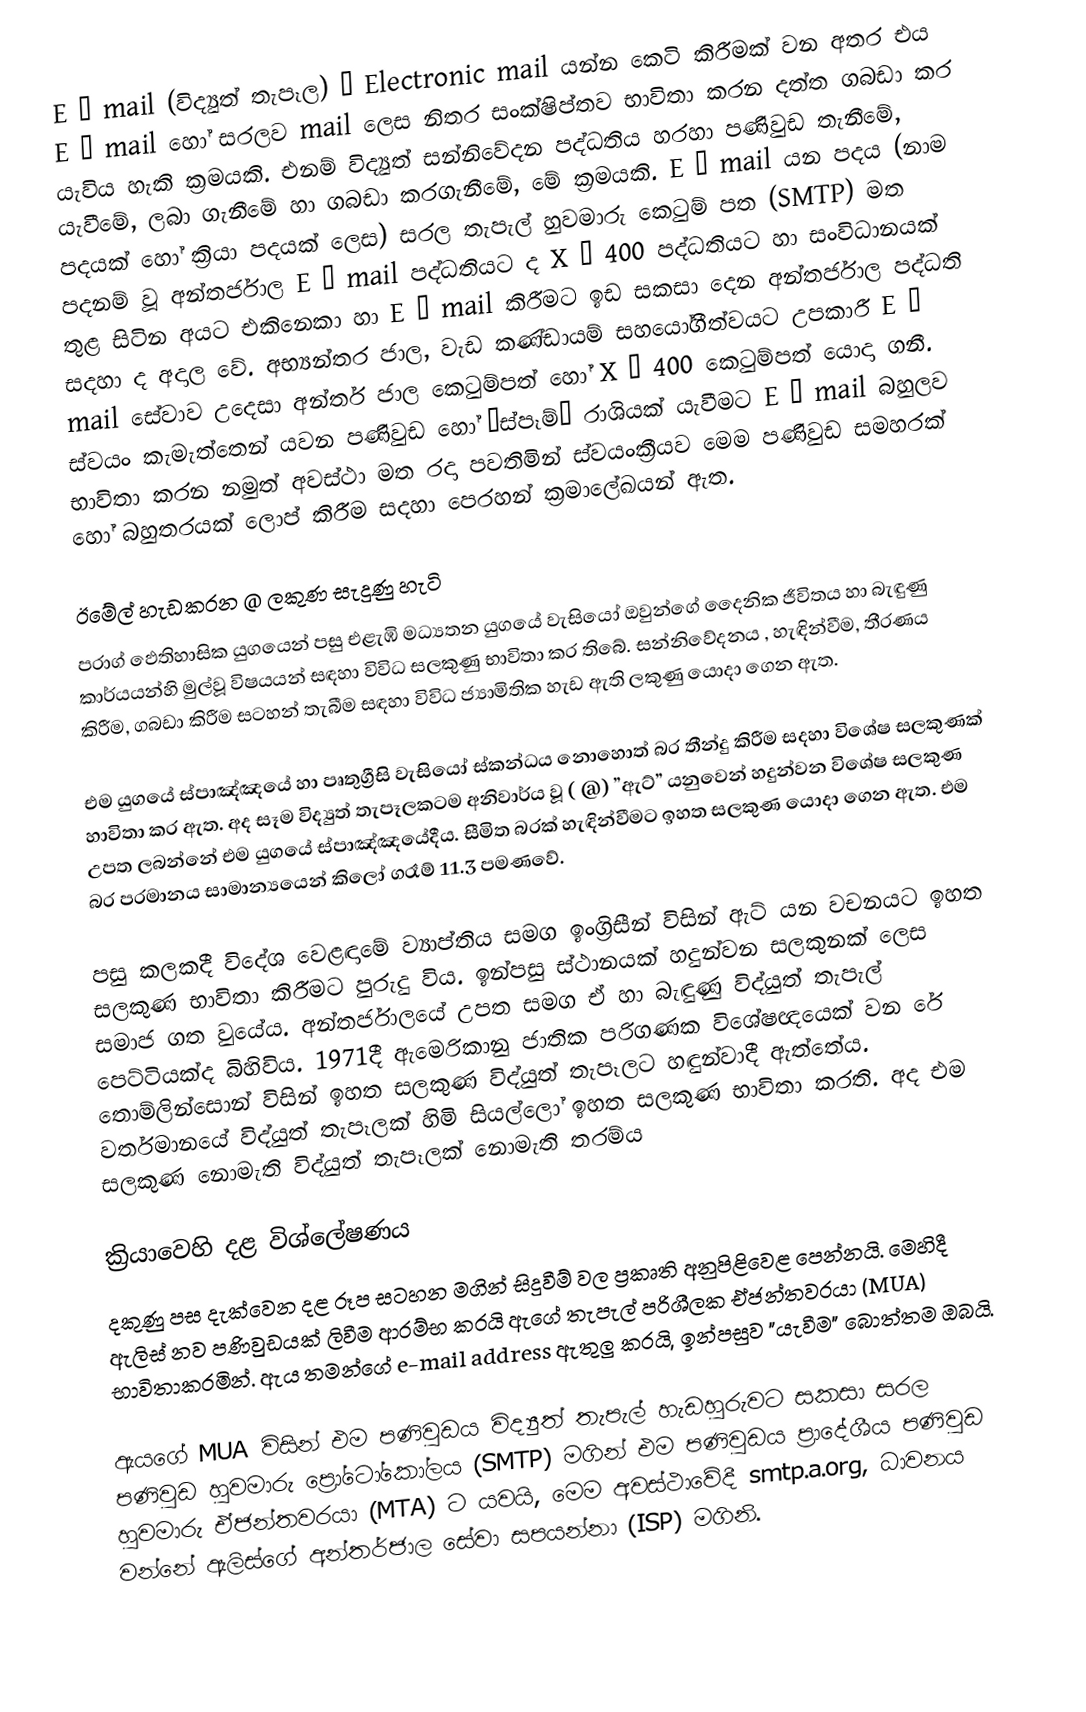
E – mail (විද්‍යුත් තැපෑල) – Electronic mail යන්න කෙටි කිරීමක් වන අතර එය E – mail හෝ සරලව mail ලෙස නිතර සංක්ෂිප්තව භාවිතා කරන දත්ත ගබඩා කර යැවිය හැකි ක්‍රමයකි. එනම් විද්‍යුත් සන්නිවේදන පද්ධතිය හරහා පණිවුඩ තැනීමේ, යැවීමේ, ලබා ගැනීමේ හා ගබඩා කරගැනීමේ, මේ ක්‍රමයකි. E – mail යන පදය (නාම පදයක් හෝ ක්‍රියා පදයක් ලෙස) සරල තැපැල් හුවමාරු කෙටුම් පත (SMTP) මත පදනම් වූ අන්තර්ජාල E – mail පද්ධතියට ද X – 400 පද්ධතියට හා සංවිධානයක් තුළ සිටින අයට එකිනෙකා හා E – mail කිරීමට ඉඩ සකසා දෙන අන්තර්ජාල පද්ධති සදහා ද අදාල වේ. අභ්‍යන්තර ජාල, වැඩ කණ්ඩායම් සහයෝගීත්වයට උපකාරී E – mail සේවාව උදෙසා අන්තර් ජාල කෙටුම්පත් හෝ X – 400 කෙටුම්පත් යොදා ගනී. ස්වයං කැමැත්තෙන් යවන පණිවුඩ හෝ “ස්පෑම්” රාශියක් යැවීමට E – mail බහුලව භාවිතා කරන නමුත් අවස්ථා මත රදා පවතිමින් ස්වයංක්‍රීයව මෙම පණිවුඩ සමහරක් හෝ බහුතරයක් ලොප් කිරීම සදහා පෙරහන් ක්‍රමාලේඛයන් ඇත.

ඊමේල් හැඩකරන @ ලකුණ සැදුණු හැටි
ප‍්‍රාග් ඵෙතිහාසික යුගයෙන් පසු එළැඹි මධ්‍යතන යුගයේ වැසියෝ ඔවුන්ගේ දෛනික ජීවිතය හා බැඳුණු කාර්යයන්හි මුල්වූ විෂයයන් සඳහා විවිධ සලකුණු භාවිතා කර තිබේ. සන්නිවේදනය , හැඳින්වීම, තීරණය කිරීම, ගබඩා කිරීම සටහන් තැබීම සඳහා විවිධ ජ්‍යාමිතික හැඩ ඇති ලකුණු යොදා ගෙන ඇත.

එම යුගයේ ස්පාඤ්ඤයේ හා පෘතුග්‍රීසි වැසියෝ ස්කන්ධය නොහොත් බර තීන්දු කිරීම සදහා විශේෂ සලකුණක් හාවිතා කර ඇත. අද සෑම විද්‍යුත් තැපෑලකටම අනිවාර්ය වූ ( @) ”ඇට්” යනුවෙන් හදුන්වන විශේෂ සලකුණ උපත ලබන්නේ එම යුගයේ ස්පාඤ්ඤයේදීය. සීමිත බරක් හැඳින්වීමට ඉහත සලකුණ යොදා ගෙන ඇත. එම බර ප‍්‍රමානය සාමාන්‍යයෙන් කිලෝ ග‍්‍රෑම් 11.3 පමණවේ.

පසු කලකදී විදේශ වෙළඳාමේ ව්‍යාප්තිය සමග ඉංග‍්‍රිසීන් විසින් ඇට් යන වචනයට ඉහත සලකුණ භාවිතා කිරීමට පුරුදු විය. ඉන්පසු ස්ථානයක් හදුන්වන සලකුනක් ලෙස සමාජ ගත වුයේය.  අන්තර්ජාලයේ උපත සමග ඒ හා බැඳුණු විද්යුත් තැපැල් පෙට්ටියක්ද බිහිවිය. 1971දී ඇමෙරිකානු ජාතික පරිගණක විශේෂඥයෙක් වන රේ තොම්ලින්සොන් විසින් ඉහත සලකුණ විද්යුත් තැපෑලට හඳුන්වාදී ඇත්තේය. වර්තමානයේ විද්යුත් තැපෑලක් හිමි සියල්ලෝ ඉහත සලකුණ භාවිතා කරති. අද එම සලකුණ නොමැති විද්යුත් තැපෑලක් නොමැති තරම්ය

ක්‍රියාවෙහි දළ විශ්ලේෂණය
දකුණු පස දැක්වෙන දළ රූප සටහන මගින් සිදුවීම් වල ප්‍රකෘති අනුපිළිවෙළ පෙන්නයි. මෙහිදී ඇලිස් නව පණිවුඩයක් ලිවීම ආරම්භ කරයි ඇගේ තැපැල් පරිශීලක ඒජන්තවරයා (MUA) භාවිතාකරමින්. ඇය තමන්ගේ  e-mail address ඇතුලු කරයි, ඉන්පසුව "යැවීම" බොත්තම ඔබයි.

 ඇයගේ MUA විසින් එම පණිවුඩය විද්‍යුත් තැපැල් හැඩහුරුවට   සකසා සරල පණිවුඩ හුවමාරු ප්‍රෝටෝකෝලය (SMTP)  මගින් එම පණිවුඩය ප්‍රාදේශීය පණිවුඩ හුවමාරු ඒජන්තවරයා   (MTA) ට යවයි, මෙම අවස්ථාවේදී smtp.a.org, ධාවනය වන්නේ   ඇලිස්ගේ අන්තර්ජාල සේවා සපයන්නා (ISP) මගිනි.